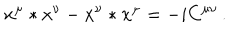
x ^ { \mu } * x ^ { \nu } - x ^ { \nu } * x ^ { \mu } = - i C ^ { \mu \nu } \, .